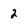
Character: 2